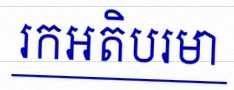
រកអតិបរមា